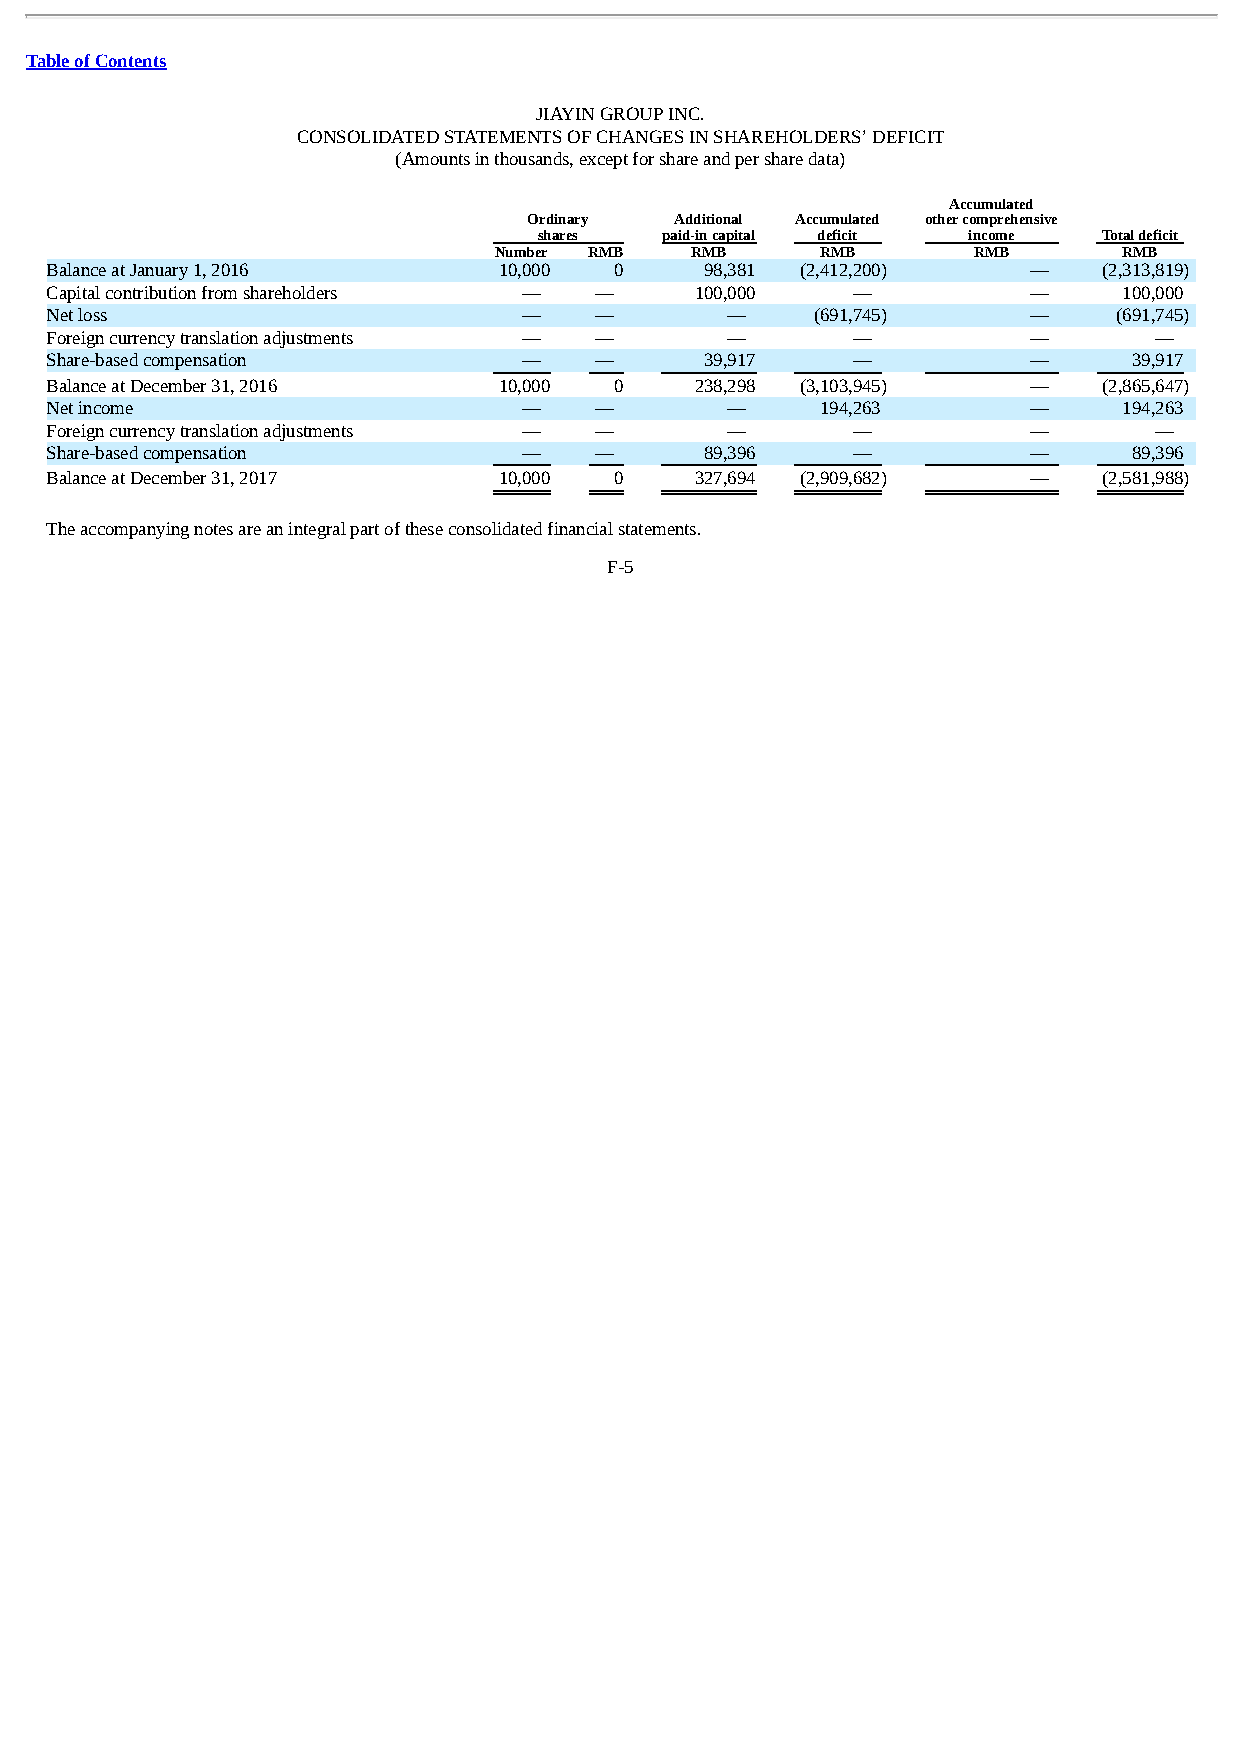
Table of Contents
 JIAYIN GROUP INC.
 CONSOLIDATED STATEMENTS OF CHANGES IN SHAREHOLDERS’ DEFICIT
 (Amounts in thousands, except for share and per share data)
 Accumulated
 Ordinary  Additional Accumulated other comprehensive
 shares  paid-in capital deficit income Total deficit
 Number RMB   RMB     RMB       RMB       RMB
 Balance at January 1, 2016    10,000  0     98,381 (2,412,200)   —    (2,313,819)
 Capital contribution from shareholders — — 100,000   —           —     100,000
 Net loss                        —   —        —     (691,745)     —     (691,745)
 Foreign currency translation adjustments — — —       —           —       —
 Share-based compensation        —   —       39,917   —           —      39,917
 Balance at December 31, 2016  10,000  0    238,298 (3,103,945 )  —    (2,865,647 )
 Net income                      —   —        —     194,263       —     194,263
 Foreign currency translation adjustments — — —       —           —       —
 Share-based compensation        —   —       89,396   —           —      89,396
 Balance at December 31, 2017  10,000  0    327,694 (2,909,682 )  —    (2,581,988 )
 The accompanying notes are an integral part of these consolidated financial statements.
 F-5